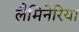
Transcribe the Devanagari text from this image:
लैमिनेरिया